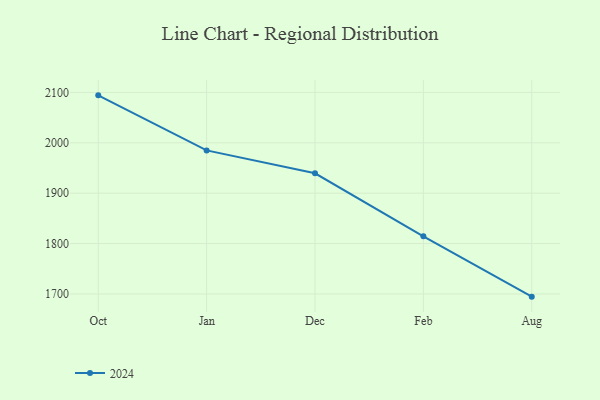
{"axis": {"x": "Month", "y": "Website Visitors"}, "legend": ["2024"], "data": [{"x": "Oct", "y": 2094.1, "type": "2024"}, {"x": "Jan", "y": 1984.9, "type": "2024"}, {"x": "Dec", "y": 1939.5, "type": "2024"}, {"x": "Feb", "y": 1814.3, "type": "2024"}, {"x": "Aug", "y": 1694.7, "type": "2024"}]}